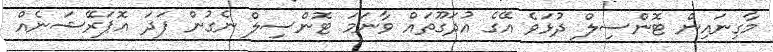
މާގިނައިން ޓޮންސިލް ދުޅަވެ އޭގެ އުދަގޫތައް ވާނަމަ ޓޮންސިލް ނެގުން ފަދަ އޮޕަރޭޝަނެއް